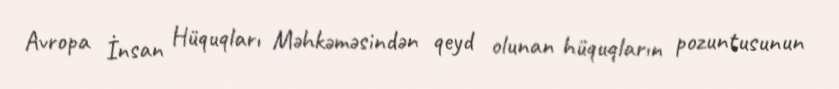
Avropa İnsan Hüquqları Məhkəməsindən qeyd olunan hüquqların pozuntusunun